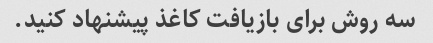
سه روش برای بازیافت کاغذ پیشنهاد کنید.